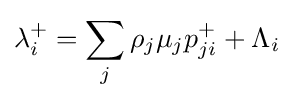
\lambda _{i}^{+}=\sum _{j}\rho _{j}\mu _{j}p_{ji}^{+}+\Lambda _{i}